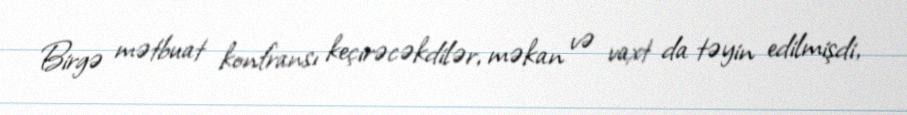
Birgə mətbuat konfransı keçirəcəkdilər, məkan və vaxt da təyin edilmişdi,